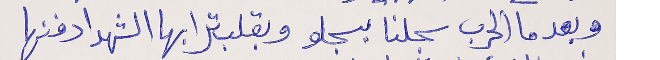
وبعدما الحرب سجلنا بسجلو      وبقلب ترابها الشهدا دفنها